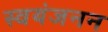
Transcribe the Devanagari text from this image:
स्वयंजनन